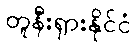
တူနီးရှားနိုင်ငံ